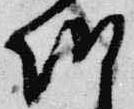
朝